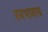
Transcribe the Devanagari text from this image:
स्वभावाच